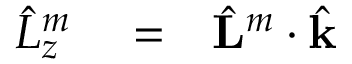
\begin{array} { r l r } { \hat { L } _ { z } ^ { m } } & { { } = } & { \hat { \bf L } ^ { m } \cdot \hat { \bf k } } \end{array}